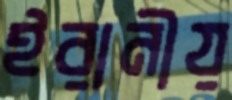
ইরানীয়